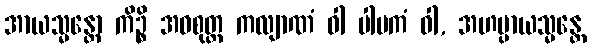
အာယသ္မန္တော ကိဉ္စိ အဝစုတ္ထ ကလျာဏံ ဝါ ပါပကံ ဝါ, အဟမ္ပာယသ္မန္တေ